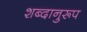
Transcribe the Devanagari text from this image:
शब्दानुरूप